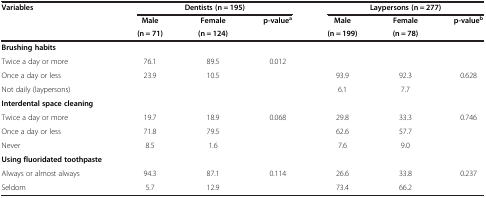
<table><thead><tr><td rowspan="3"><b>Variables</b></td><td colspan="3"><b>Dentists (n = 195)</b></td><td colspan="3"><b>Laypersons (n = 277)</b></td></tr><tr><td><b>Male</b></td><td><b>Female</b></td><td rowspan="2"><b>p-value<sup>a</sup></b></td><td><b>Male</b></td><td><b>Female</b></td><td rowspan="2"><b>p-value<sup>b</sup></b></td></tr><tr><td><b>(n = 71)</b></td><td><b>(n = 124)</b></td><td><b>(n = 199)</b></td><td><b>(n = 78)</b></td></tr></thead><tbody><tr><td><b>Brushing habits</b></td><td> </td><td> </td><td> </td><td> </td><td> </td><td> </td></tr><tr><td>Twice a day or more</td><td>76.1</td><td>89.5</td><td rowspan="2">0.012</td><td> </td><td> </td><td> </td></tr><tr><td>Once a day or less</td><td>23.9</td><td>10.5</td><td>93.9</td><td>92.3</td><td rowspan="2">0.628</td></tr><tr><td>Not daily (laypersons)</td><td> </td><td> </td><td> </td><td>6.1</td><td>7.7</td></tr><tr><td><b>Interdental space cleaning</b></td><td> </td><td> </td><td> </td><td> </td><td> </td><td> </td></tr><tr><td>Twice a day or more</td><td>19.7</td><td>18.9</td><td rowspan="3">0.068</td><td>29.8</td><td>33.3</td><td rowspan="3">0.746</td></tr><tr><td>Once a day or less</td><td>71.8</td><td>79.5</td><td>62.6</td><td>57.7</td></tr><tr><td>Never</td><td>8.5</td><td>1.6</td><td>7.6</td><td>9.0</td></tr><tr><td><b>Using fluoridated toothpaste</b></td><td> </td><td> </td><td> </td><td> </td><td> </td><td> </td></tr><tr><td>Always or almost always</td><td>94.3</td><td>87.1</td><td rowspan="2">0.114</td><td>26.6</td><td>33.8</td><td rowspan="2">0.237</td></tr><tr><td>Seldom</td><td>5.7</td><td>12.9</td><td>73.4</td><td>66.2</td></tr></tbody></table>